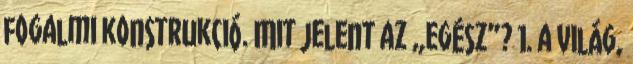
fogalmi konstrukció. Mit jelent az „egész”? 1. a világ,